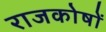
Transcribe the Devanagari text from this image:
राजकोषों